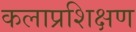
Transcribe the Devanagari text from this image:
कलाप्रशिक्षण